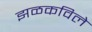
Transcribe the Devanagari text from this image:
झळकविले